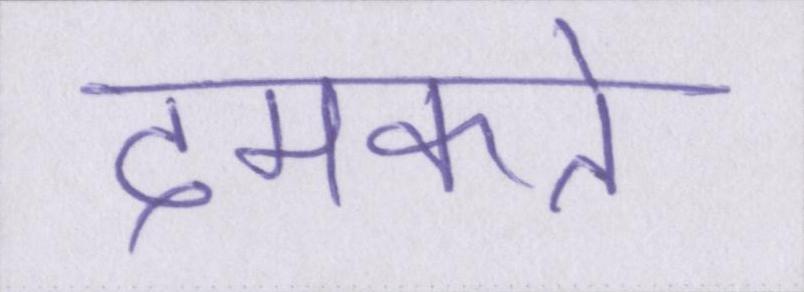
दमकते